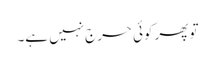
تو پھر کوئی حرج نہیں ہے۔